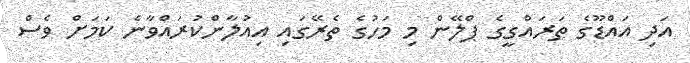
އަދި އައްޑޫގެ ތަރައްގީގެ ޕްލޭން މި މަހުގެ ތެރޭގައި އިއުލާންކުރައްވާނެ ކަމަށް ވެސް